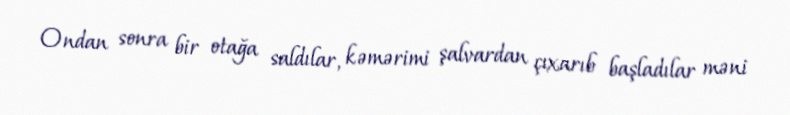
Ondan sonra bir otağa saldılar, kəmərimi şalvardan çıxarıb başladılar məni